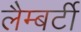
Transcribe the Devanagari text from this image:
लैम्बर्टी